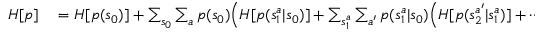
\begin{array} { r l } { H [ p ] } & { { } = H [ p ( s _ { 0 } ) ] + \sum _ { s _ { 0 } } \sum _ { a } p ( s _ { 0 } ) \Big ( H [ p ( s _ { 1 } ^ { a } | s _ { 0 } ) ] + \sum _ { s _ { 1 } ^ { a } } \sum _ { a ^ { \prime } } p ( s _ { 1 } ^ { a } | s _ { 0 } ) \Big ( H [ p ( s _ { 2 } ^ { a ^ { \prime } } | s _ { 1 } ^ { a } ) ] + \cdots + } \end{array}